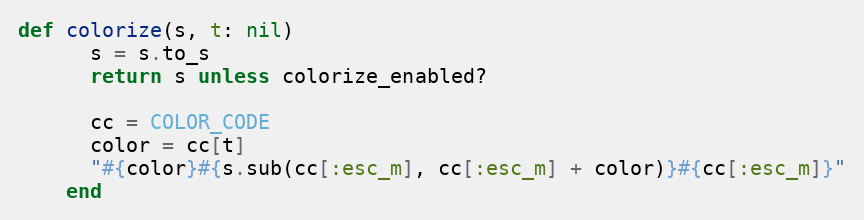
Language: Ruby
def colorize(s, t: nil)
      s = s.to_s
      return s unless colorize_enabled?

      cc = COLOR_CODE
      color = cc[t]
      "#{color}#{s.sub(cc[:esc_m], cc[:esc_m] + color)}#{cc[:esc_m]}"
    end